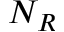
N _ { R }